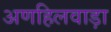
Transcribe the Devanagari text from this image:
अणहिलवाड़ा